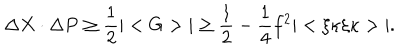
\Delta X \cdot \Delta P \ge \frac { 1 } { 2 } | < G > | \ge \frac { 1 } { 2 } - \frac { 1 } { 4 } f ^ { 2 } | < \xi \kappa \xi \kappa > | .